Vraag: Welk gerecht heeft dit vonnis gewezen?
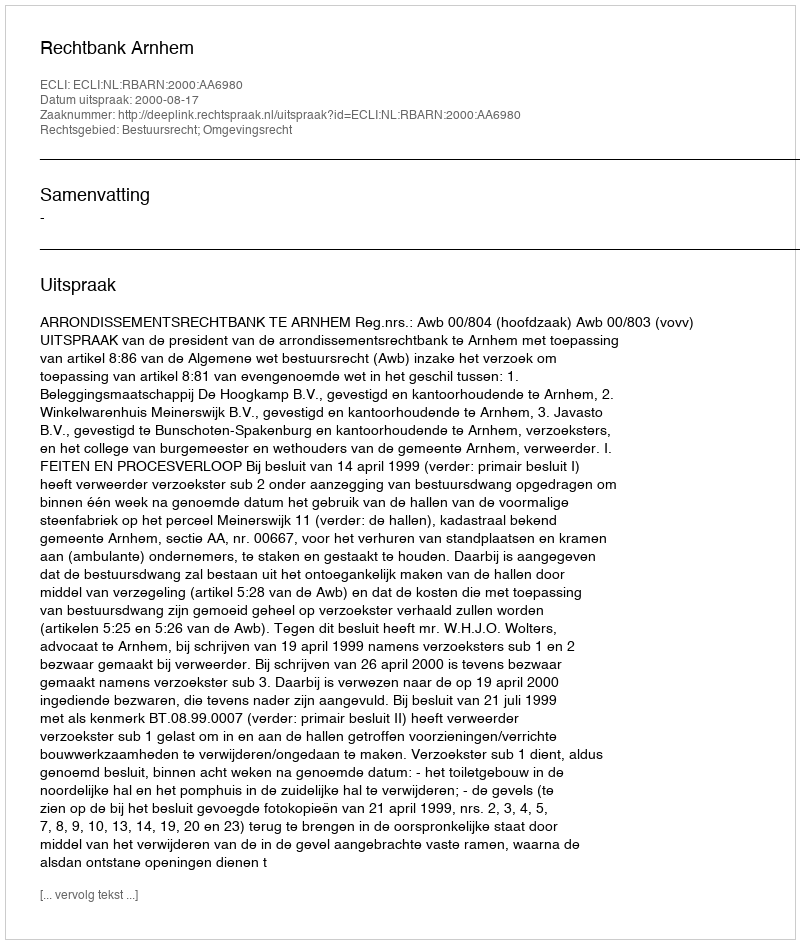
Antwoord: Rechtbank Arnhem